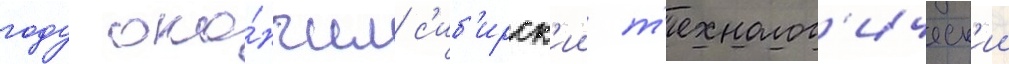
году око́нчил с'иб'ирск'ии т'ехнолог'ическ'ии